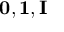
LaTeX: \mathbf { 0 } , \mathbf { 1 } , \mathbf { I }